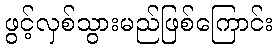
ဖွင့်လှစ်သွားမည်ဖြစ်ကြောင်း